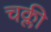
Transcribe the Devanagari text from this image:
चक्ली